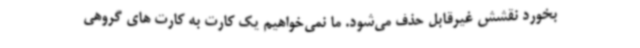
بخورد نقشش غیرقابل حذف می‌شود. ما نمی‌خواهیم یک کارت به کارت های گروهی